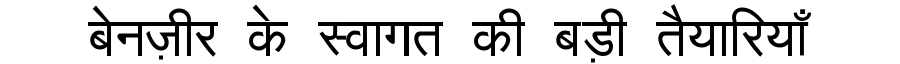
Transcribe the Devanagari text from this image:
बेनज़ीर के स्वागत की बड़ी तैयारियाँ